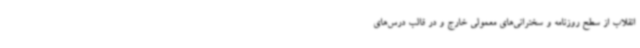
انقلاب از سطح روزنامه و سخنرانی‌های معمولی خارج و در قالب درس‌های